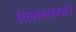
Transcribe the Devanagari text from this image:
विभगामधे